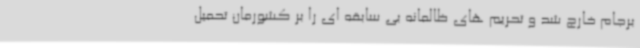
برجام خارج شد و تحریم های ظالمانه بی سابقه ای را بر کشورمان تحمیل